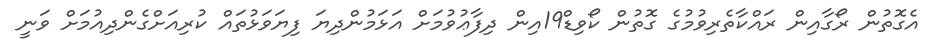
އެގޮތުން ރޯގާއިން ރައްކާތެރިވުމުގެ ގޮތުން ކޯވިޑް19އިން ދިފާޢުވުމަށް އަޅަމުންދިޔަ ފިޔަވަޅުތައް ކުރިއަށްގެންދިއުމަށް ވަނީ